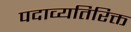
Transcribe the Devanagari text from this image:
पदाव्यतिरिक्त